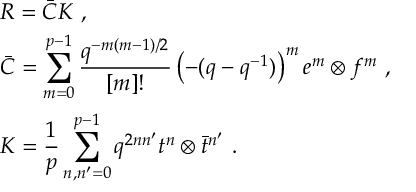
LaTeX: \begin{array} { r c l } { { } } & { { } } & { { { \cal R } = \bar { \cal C } { \cal K } ~ , } } \\ { { } } & { { } } & { { \bar { \cal C } = \displaystyle \sum _ { m = 0 } ^ { p - 1 } \frac { q ^ { - m ( m - 1 ) / 2 } } { [ m ] ! } \left( - ( q - q ^ { - 1 } ) \right) ^ { m } e ^ { m } \otimes f ^ { m } ~ , } } \\ { { } } & { { } } & { { { \cal K } = \displaystyle \frac { 1 } { p } \sum _ { n , n ^ { \prime } = 0 } ^ { p - 1 } q ^ { 2 n n ^ { \prime } } t ^ { n } \otimes \bar { t } ^ { n ^ { \prime } } ~ . } } \end{array}